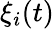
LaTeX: \xi_{i}(t)